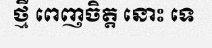
ថ្មី ពេញចិត្ត នោះ ទេ